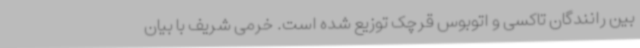
بین رانندگان تاکسی و اتوبوس قرچک توزیع‌ شده است. خرمی شریف با بیان